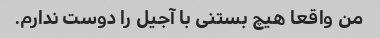
من واقعا هیچ بستنی با آجیل را دوست ندارم.